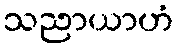
သညာယာဟံ